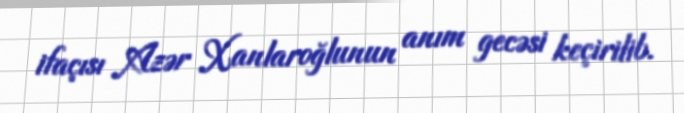
ifaçısı Azər Xanlaroğlunun anım gecəsi keçirilib.